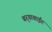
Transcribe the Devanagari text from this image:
बर्‍यावाईट